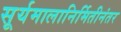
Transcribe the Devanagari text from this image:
सूर्यमालानिर्मितीनंतर